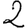
Digit: 2